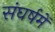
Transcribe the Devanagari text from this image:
संघर्षमें